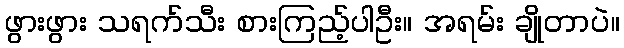
ဖွားဖွား သရက်သီး စားကြည့်ပါဦး။ အရမ်း ချိုတာပဲ။